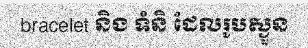
bracelet និង ទំនិ ដែលរូបស្ងួន